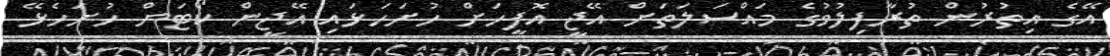
އޭގެ އިތުރުން ތުރާފިލުވުުގެ މައްސަލަތަށް އޭޖީ އޮފީހަށް ހުށަހަޅައި އޭޖީން ކޯޓަށް ހުށަހެޅޭ